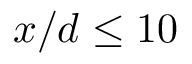
x / d \le 1 0